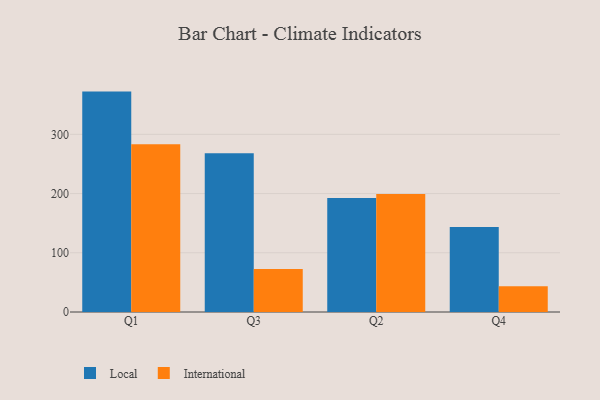
{"axis": {"x": "Quarter", "y": "Churn Rate (%)"}, "legend": ["International", "Local"], "data": [{"x": "Q1", "y": 372.2, "type": "Local"}, {"x": "Q1", "y": 283.4, "type": "International"}, {"x": "Q3", "y": 268.0, "type": "Local"}, {"x": "Q3", "y": 72.8, "type": "International"}, {"x": "Q2", "y": 192.4, "type": "Local"}, {"x": "Q2", "y": 199.4, "type": "International"}, {"x": "Q4", "y": 143.6, "type": "Local"}, {"x": "Q4", "y": 43.5, "type": "International"}]}